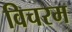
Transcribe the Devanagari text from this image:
विचरम